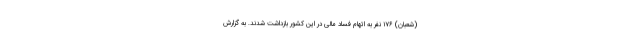
(شعبان) ۱۷۶ نفر به اتهام فساد مالی در این کشور بازداشت شدند. به گزارش